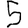
Digit: 5